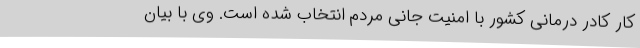
کار کادر درمانی کشور با امنیت جانی مردم انتخاب شده است. وی با بیان